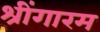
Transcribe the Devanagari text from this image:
श्रींगारम